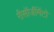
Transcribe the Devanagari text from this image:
रीसॉर्जीमेंटो